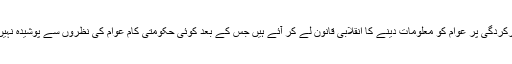
سرکار کی کارکردگی پر عوام کو معلومات دینے کا انقلابی قانون لے کر آئے ہیں جس کے بعد کوئی حکومتی کام عوام کی نظروں سے پوشیدہ نہیں رہ سکے گا ۔